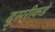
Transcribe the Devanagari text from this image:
दु्सरीकडे